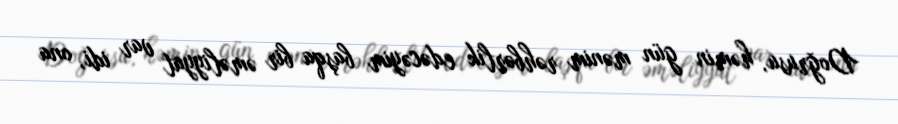
Doğrusu, həmin gün mənim rəhbərlik edəcəyim başqa bir əməliyyat var idi, ona